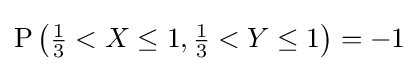
{\textstyle \operatorname {P} \left({\frac {1}{3}}<X\leq 1,{\frac {1}{3}}<Y\leq 1\right)=-1}